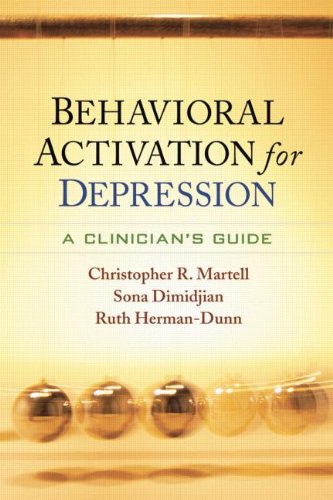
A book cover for Behavioral Activation for Depression: A Clinician's Guide; Christopher R. Martell PhD  ABPP; Christian Books & Bibles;